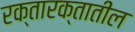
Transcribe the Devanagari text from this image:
रक्तारक्तातील